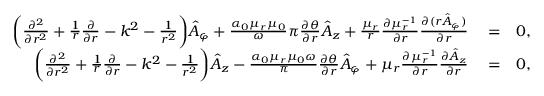
\begin{array} { r l r } { \bigg ( \frac { \partial ^ { 2 } } { \partial r ^ { 2 } } + \frac { 1 } { r } \frac { \partial } { \partial r } - k ^ { 2 } - \frac { 1 } { r ^ { 2 } } \bigg ) \hat { A } _ { \varphi } + \frac { \alpha _ { 0 } \mu _ { r } \mu _ { 0 } } \omega { \pi } \frac { \partial \theta } { \partial r } \hat { A } _ { z } + \frac { \mu _ { r } } { r } \frac { \partial \mu _ { r } ^ { - 1 } } { \partial r } \frac { \partial ( r \hat { A } _ { \varphi } ) } { \partial r } } & { { } = } & { 0 , } \\ { \bigg ( \frac { \partial ^ { 2 } } { \partial r ^ { 2 } } + \frac { 1 } { r } \frac { \partial } { \partial r } - k ^ { 2 } - \frac { 1 } { r ^ { 2 } } \bigg ) \hat { A } _ { z } - \frac { \alpha _ { 0 } \mu _ { r } \mu _ { 0 } \omega } { \pi } \frac { \partial \theta } { \partial r } \hat { A } _ { \varphi } + \mu _ { r } \frac { \partial \mu _ { r } ^ { - 1 } } { \partial r } \frac { \partial \hat { A } _ { z } } { \partial r } } & { { } = } & { 0 , } \end{array}